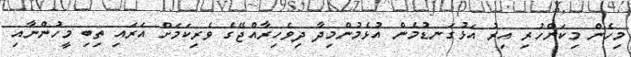
މިހެން މިކަންހުރި އިރު އަޅުގަނޑުމެން އުޅެމުންމިދާ ދިވެހިރާއްޖޭގެ ވެރިކަމަށް އަރައި ތިބި މީހުންނާއި